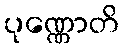
ပုဏ္ဏောတိ